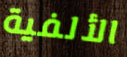
الألفية